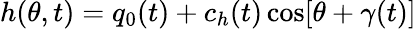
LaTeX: h(\theta,t)=q_{0}(t)+c_{h}(t)\cos[\theta+\gamma(t)]